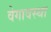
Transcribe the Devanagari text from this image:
वेगावस्था